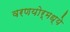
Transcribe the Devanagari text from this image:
वरणयोर्मध्ये